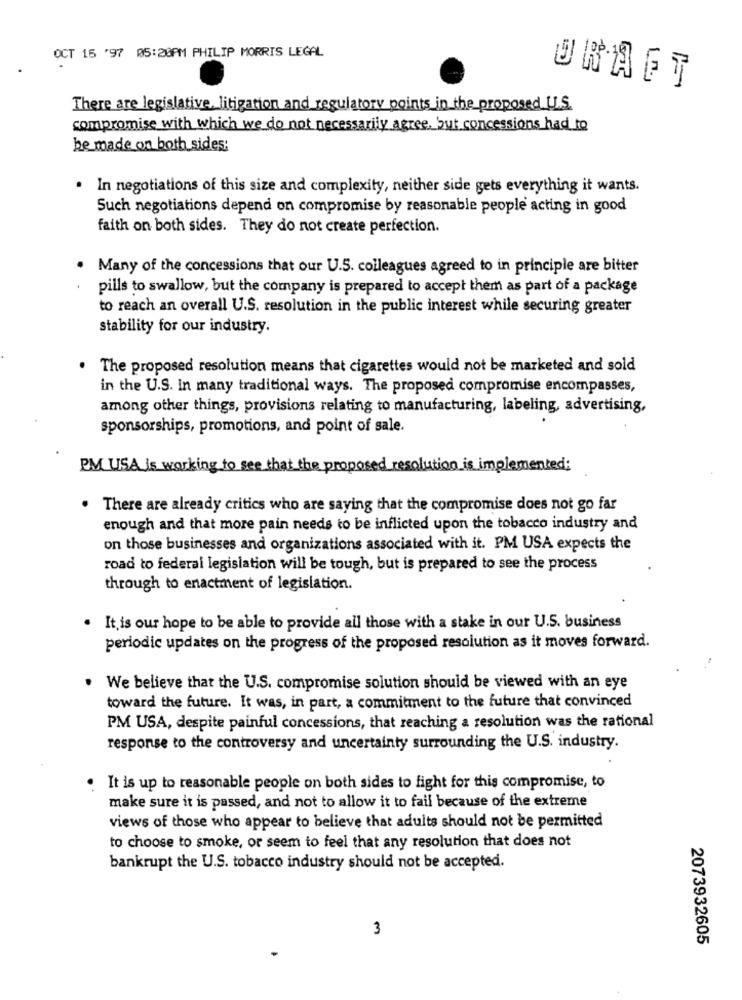
OCT 16 '97 05:20PM PHILIP MORRIS LEGAL
URAGT
There are legislative, litigation and regulatory points in the proposed IL.S.
compromise with which we do not necessarily agree, but concessions had to
be made on both sides:
. In negotiations of this size and complexity, neither side gets everything it wants.
Such negotiations depend on compromise by reasonable people acting in good
faith on both sides. They do not create perfection.
. Many of the concessions that our U.S. colleagues agreed to in principle are bitter
pills to swallow, but the company is prepared to accept them as part of a package
to reach an overall U.S. resolution in the public interest while securing greater
stability for our industry.
The proposed resolution means that cigarettes would not be marketed and sold
in the U.S. in many traditional ways. The proposed compromise encompasses,
among other things, provisions relating to manufacturing, labeling, advertising,
sponsorships, promotions, and point of sale.
PM USA is working to see that the proposed resolution is implemented;
. There are already critics who are saying that the compromise does not go far
enough and that more pain needs to be inflicted upon the tobacco industry and
on those businesses and organizations associated with it. PM USA expects the
road to federal legislation will be tough, but is prepared to see the process
through to enactment of legislation.
It is our hope to be able to provide all those with a stake in our U.S. business
periodic updates on the progress of the proposed resolution as it moves forward.
We believe that the U.S. compromise solution should be viewed with an eye
toward the future. It was, in part, a commitment to the future that convinced
PM USA, despite painful concessions, that reaching a resolution was the rational
response to the controversy and uncertainty surrounding the U.S. industry.
. It is up to reasonable people on both sides to fight for this compromise, to
make sure it is passed, and not to allow it to fail because of the extreme
views of those who appear to believe that adults should not be permitted
to choose to smoke, or seem to feel that any resolution that does not
bankrupt the U.S. tobacco industry should not be accepted.
3
2073932605